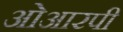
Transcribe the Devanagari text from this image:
ओआरपी